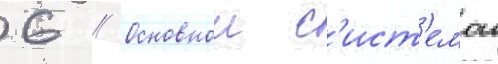
6 // Основнои с'ист'емои